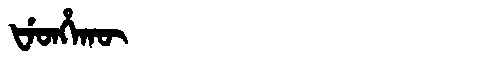
Manchu: ᡶᡝᡨᡥᡝᡴᡡ
Romanization: FETHEKŪ